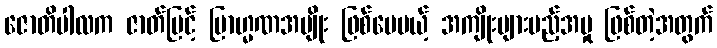
ဇောတိပါလက ဇာတ်မြင့် ဗြာဟ္မဏအမျိုး ဖြစ်ပေမယ့် အကျိုးများမည့်အမှု ဖြစ်တဲ့အတွက်